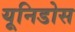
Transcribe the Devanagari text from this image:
यूनिडोस